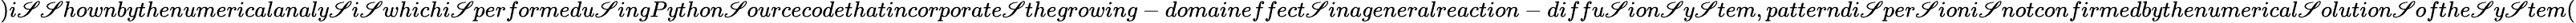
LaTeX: )i\mathscr{S}\mathscr{S}hownbythenumericalanaly\mathscr{S}i\mathscr{S}whichi\mathscr{S}performedu\mathscr{S}ingPython\mathscr{S}ourcecodethatincorporate\mathscr{S}thegrowing-domaineffect\mathscr{S}inageneralreaction-diffu\mathscr{S}ion\mathscr{S}y\mathscr{S}tem,patterndi\mathscr{S}per\mathscr{S}ioni\mathscr{S}notconfirmedbythenumerical\mathscr{S}olution\mathscr{S}ofthe\mathscr{S}y\mathscr{S}tem(